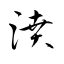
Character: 濆